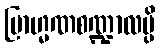
ဗြာဟ္မဏစဏ္ဍာလမ္ပိ